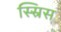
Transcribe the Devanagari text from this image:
स्स्रिस